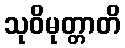
သုဝိမုတ္တာတိ